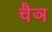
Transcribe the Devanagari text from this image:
चैञ